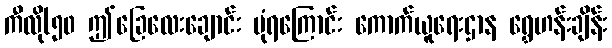
ကီလို(၅၀ ဤခြေလေးချောင်း ပုံရကြောင်း ကောက်ယူရေးဌာန ရွှေဟန်းချိန်း